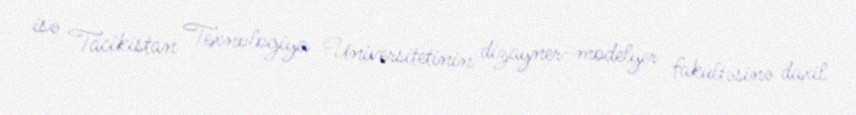
isə Tacikistan Texnologiya Universitetinin dizayner-modelyer fakültəsinə daxil